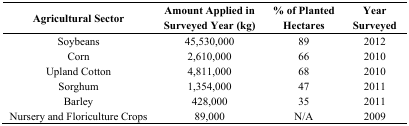
<table><thead><tr><td><b>Agricultural Sector</b></td><td><b>Amount Applied in Surveyed Year (kg)</b></td><td><b>% of Planted Hectares</b></td><td><b>Year Surveyed</b></td></tr></thead><tbody><tr><td>Soybeans</td><td>45,530,000</td><td>89</td><td>2012</td></tr><tr><td>Corn</td><td>2,610,000</td><td>66</td><td>2010</td></tr><tr><td>Upland Cotton</td><td>4,811,000</td><td>68</td><td>2010</td></tr><tr><td>Sorghum</td><td>1,354,000</td><td>47</td><td>2011</td></tr><tr><td>Barley</td><td>428,000</td><td>35</td><td>2011</td></tr><tr><td>Nursery and Floriculture Crops</td><td>89,000</td><td>N/A</td><td>2009</td></tr></tbody></table>